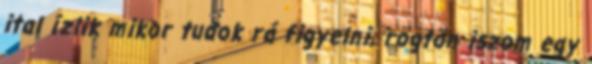
ital ízlik mikor tudok rá figyelni, rögtön iszom egy